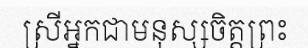
ស្រីអ្នកជាមនុស្សចិត្តព្រះ